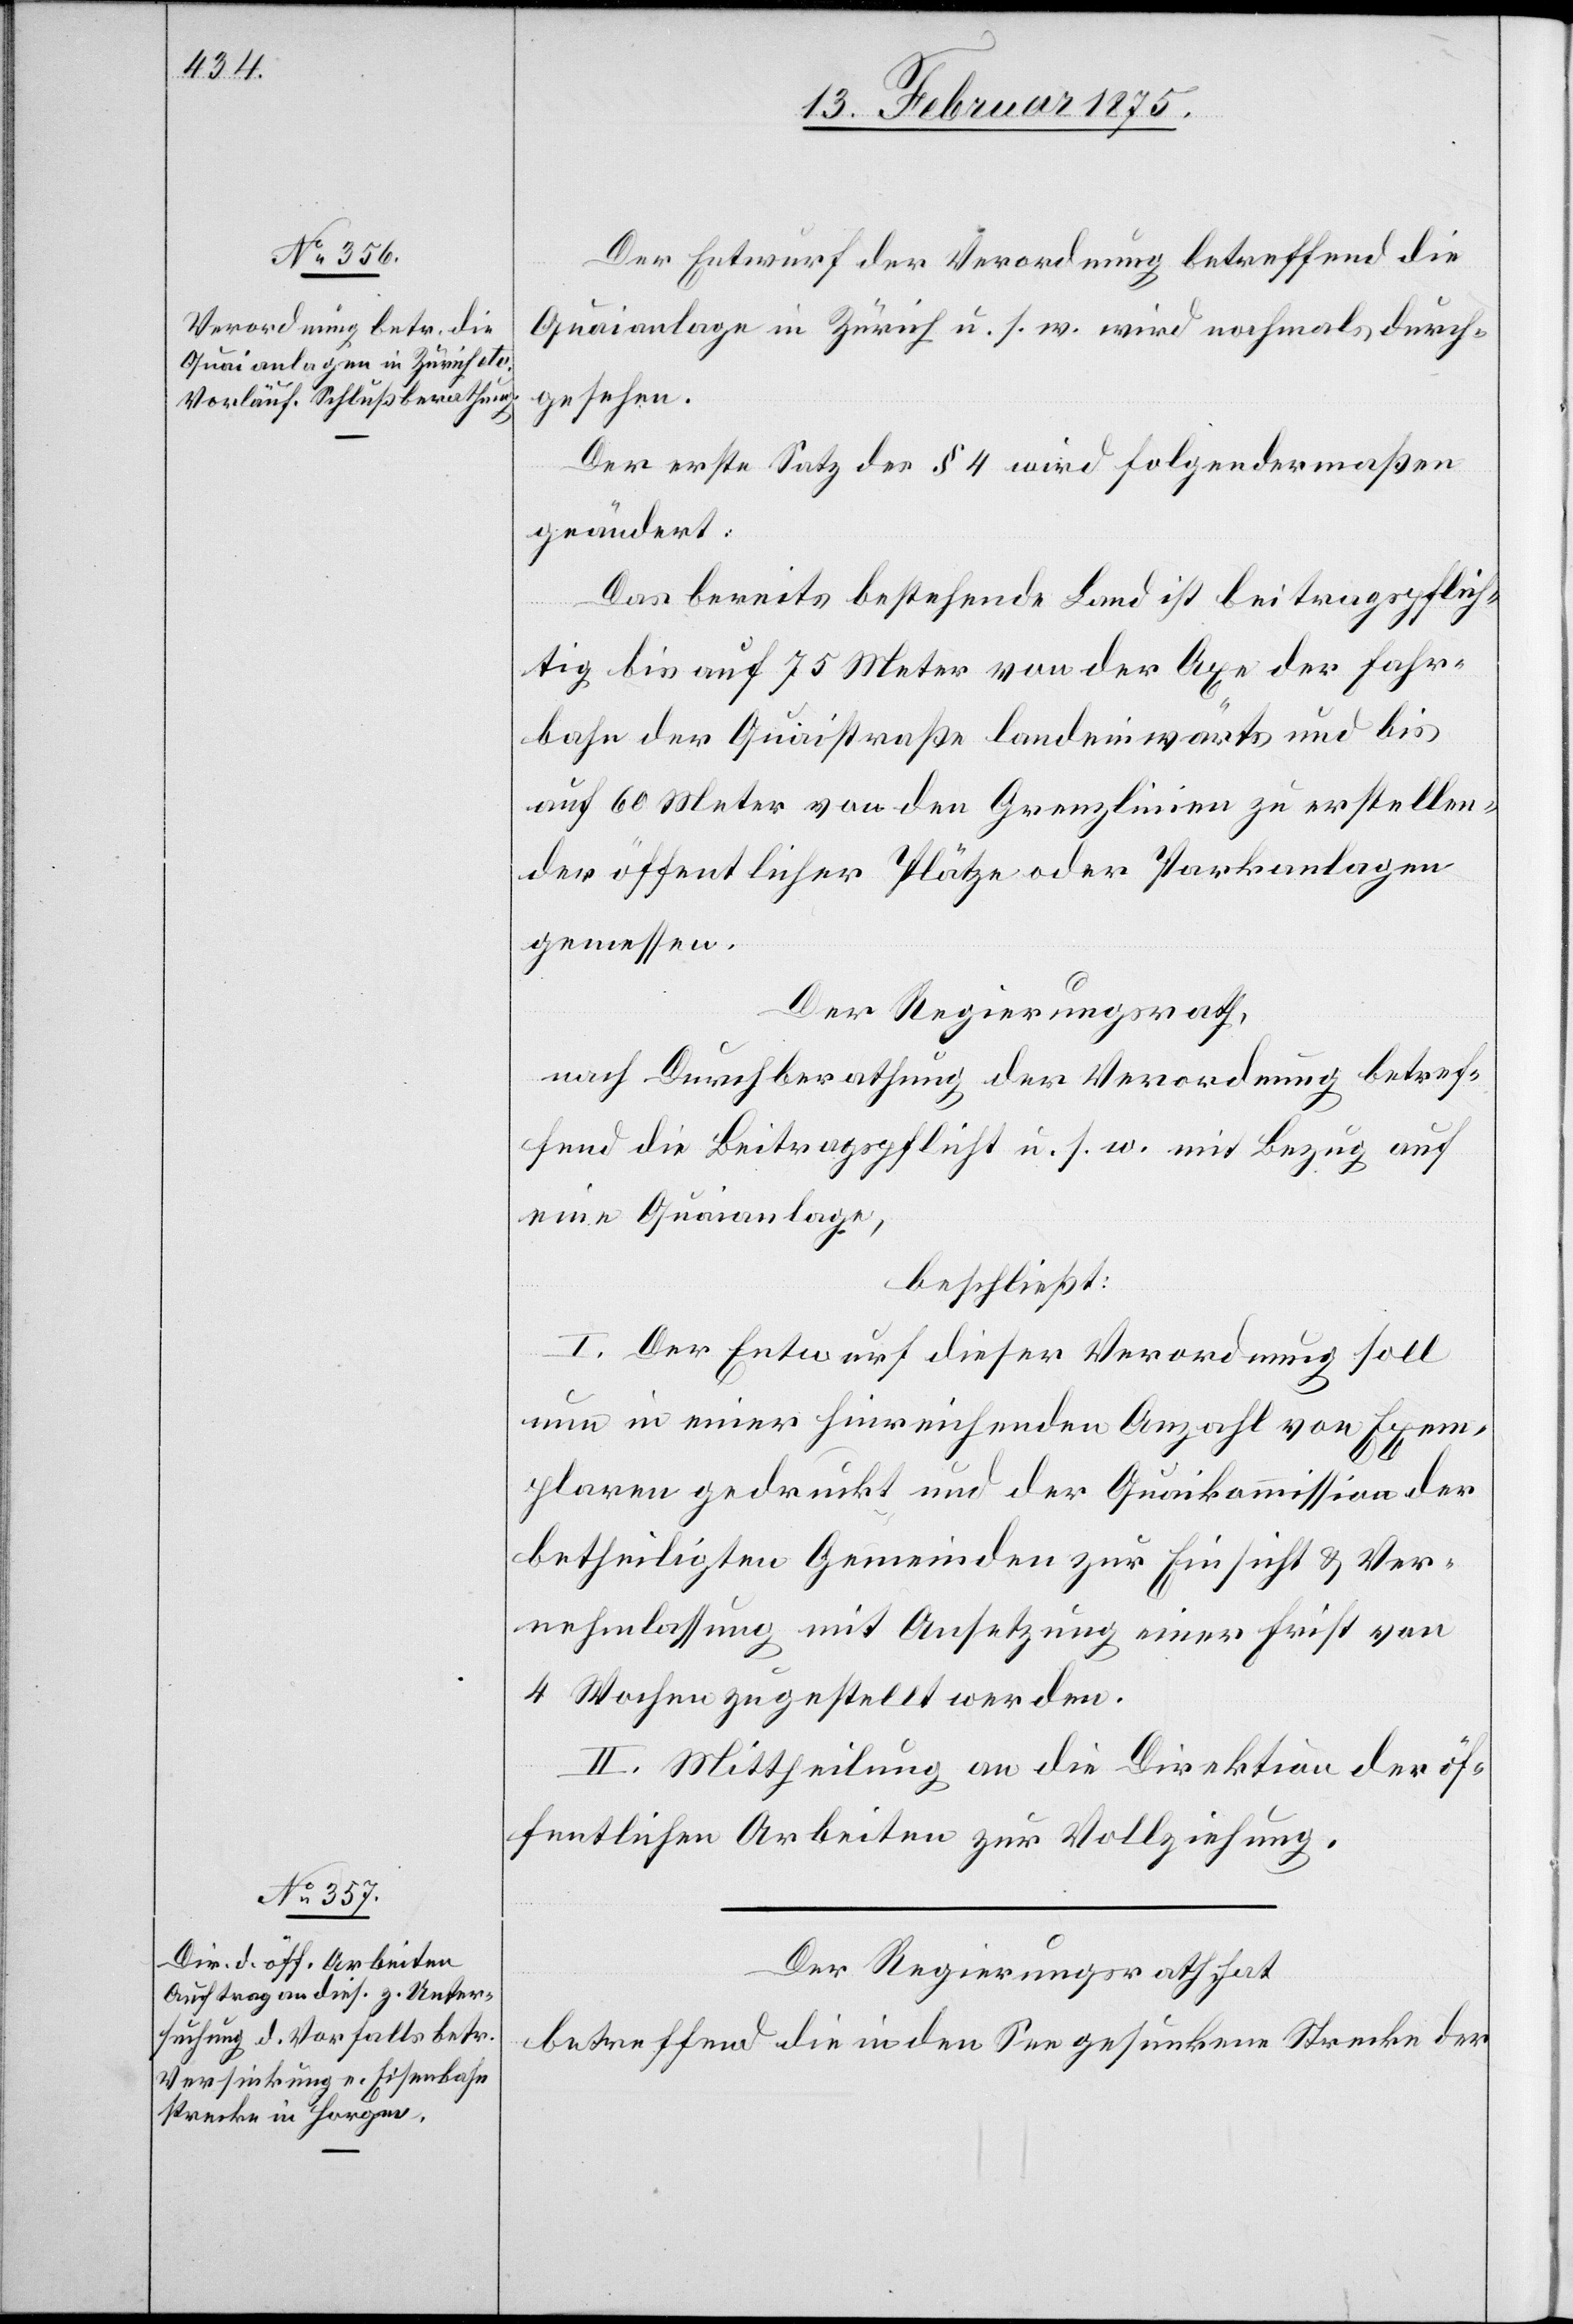
Der Entwurf der Verordnung betreffend die
Quaianlage in Zürich u. s. w. wird nochmals durch¬
gesehen.
Der erste Satz des § 4 wird folgendermaßen
geändert:
Das bereits bestehende Land ist beitragspflich¬
tig bis auf 75 Meter von der Axe der Fahr¬
bahn der Quaistraße landeinwärts und bis
auf 60 Meter von den Grenzlinien zu erstellen¬
der öffentlicher Plätze oder Parkanlagen
gemessen.
Der Regierungsrath,
nach Durchberathung der Verordnung betref¬
fend die Beitragspflicht u. s. w. mit Bezug auf
eine Quaianlage,
beschließt:
I. Der Entwurf dieser Verordnung soll
nun in einer hinreichenden Anzahl von Exem¬
plaren gedruckt und der Quaikommission der
betheiligten Gemeinden zur Einsicht & Ver¬
nehmlassung mit Ansetzung einer Frist von
4 Wochen zugestellt werden.
II. Mittheilung an die Direktion der öf¬
fentlichen Arbeiten zur Vollziehung.
Der Regierungsrath hat
betreffend die in den See gesunkene Strecke der